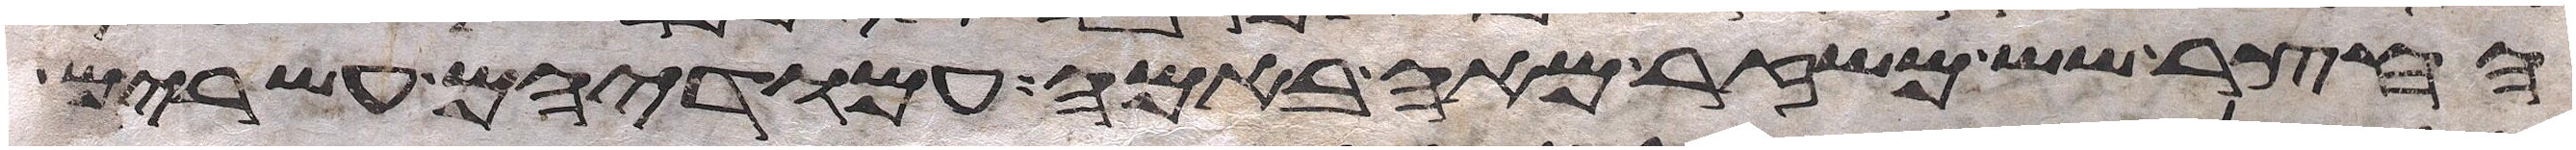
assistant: החצר שש משזר מאה באמה ועמודיו עשרים